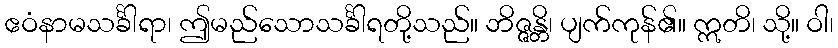
ဧဝံနာမသင်္ခါရာ၊ ဤမည်သောသင်္ခါရတို့သည်။ ဘိဇ္ဇန္တိ၊ ပျက်ကုန်၏။ ဣတိ၊ သို့။ ဝါ၊